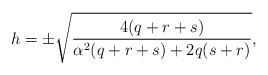
\begin{align*}h=\pm\sqrt{\frac{4(q+r+s)}{\alpha ^{2}(q+r+s)+2q(s+r)}}, \end{align*}